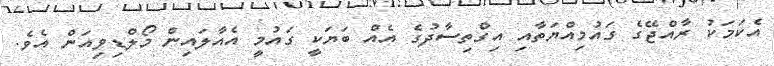
އެކަމަކު ރާއްޖޭގެ ގައުމިއްޔަތާއި އިގްތިސާދުގެ އެއް ބަޔަކީ ގައުމީ އެއާލައިން މޯލްޑިވިއަން އެވެ.